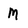
Character: M